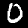
Label: 0